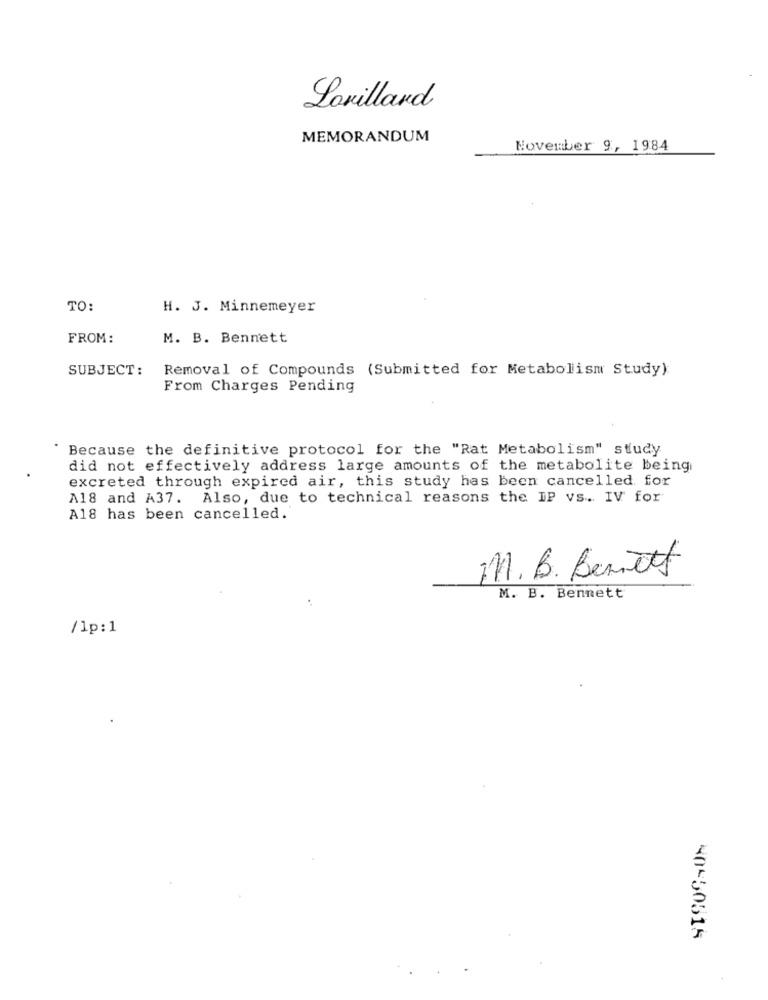
Lorillard
MEMORANDUM
November 9, 1984
TO:
H. J. Minnemeyer
FROM:
M. B. Bennett
SUBJECT:
Removal of Compounds (Submitted for Metabolism Study):
From Charges Pending
Because the definitive protocol for the "Rat Metabolism" study
did not effectively address large amounts of the metabolite being
excreted through expired air, this study has been cancelled for
A18 and A37. Also, due to technical reasons the IP vs. IV for
A18 has been cancelled."
M. B. Bennett
M. B. Bennett
/lp:1
40-50315